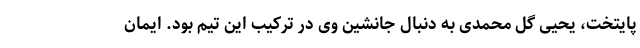
پایتخت، یحیی گل محمدی به دنبال جانشین وی در ترکیب این تیم بود. ایمان